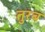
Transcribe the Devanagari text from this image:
तुरब